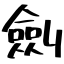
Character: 劍